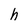
Character: h